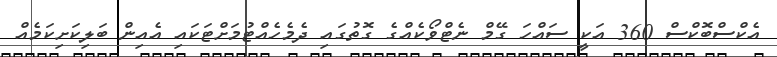
އެކްސްބޮކްސް 360 އަކީ ސައްހަ ގޭމް ނެޓްވޯކެއްގެ ގޮތުގައި ދެމެހެއްޓުމަށްޓަކައި އެއިން ބަލިކަށިކަމެއް